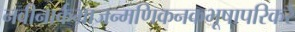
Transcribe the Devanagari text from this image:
नवीनार्कभ्राजन्मणिकनकभूषापरिकरै